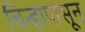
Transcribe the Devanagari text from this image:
चिन्हापासून